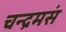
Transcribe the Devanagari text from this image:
चन्द्रमसं